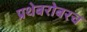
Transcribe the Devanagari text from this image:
प्रथेबरोबरच